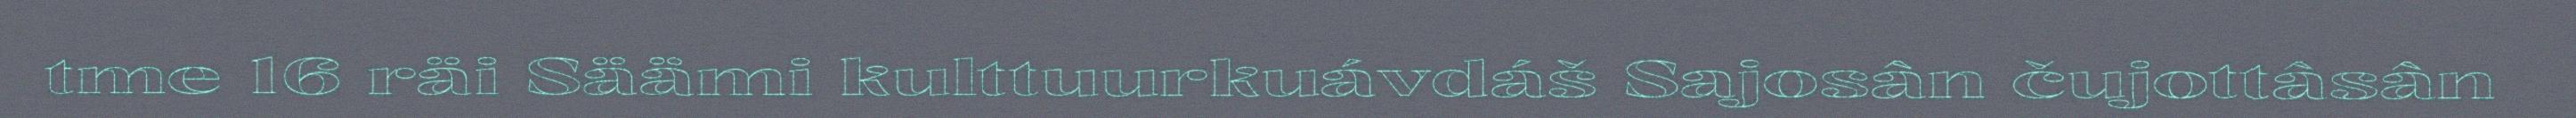
tme 16 räi Säämi kulttuurkuávdáš Sajosân čujottâsân